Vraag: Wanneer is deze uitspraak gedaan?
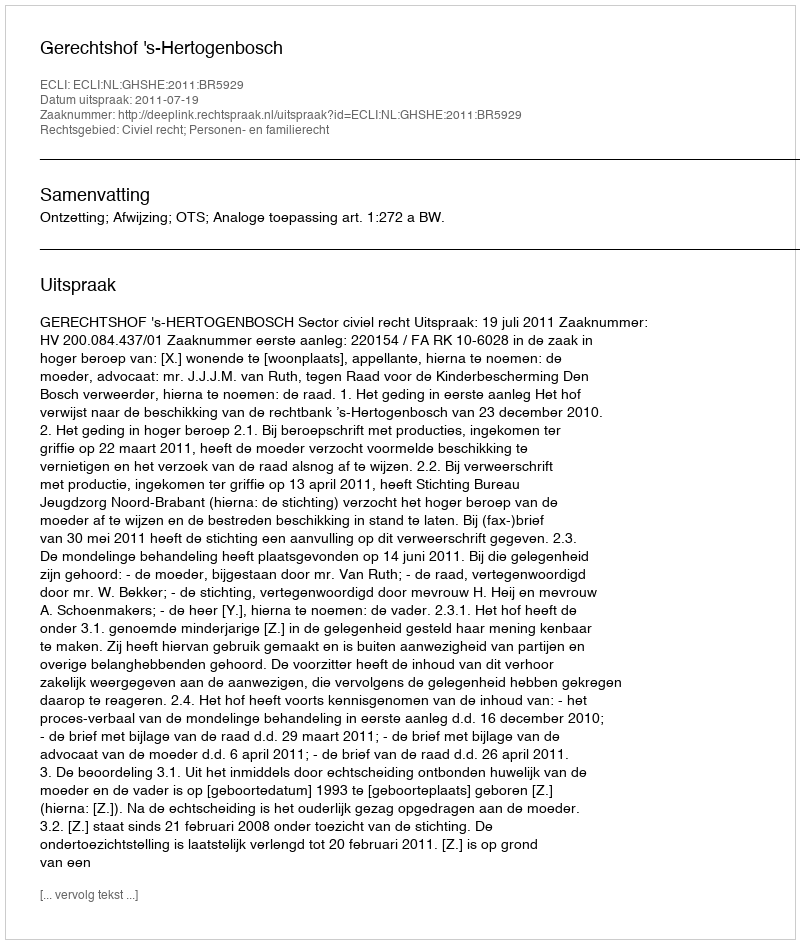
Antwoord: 2011-07-19